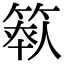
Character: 𥯺